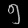
Digit: ၅